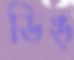
ডিঙ্